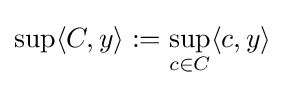
\sup _{}\langle C,y\rangle :=\sup _{c\in C}\langle c,y\rangle